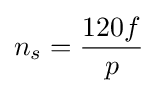
n_{s}={\frac {120f}{p}}